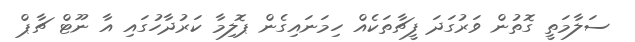
ސަލާމަތީ ގޮތުން ވަރުގަދަ ފީޗާތަކެއް ހިމަނައިގެން ޕޮލިމާ ކަރުދާހުގައި އާ ނޫޓް ޗާޕް